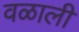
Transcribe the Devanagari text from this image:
वळाली